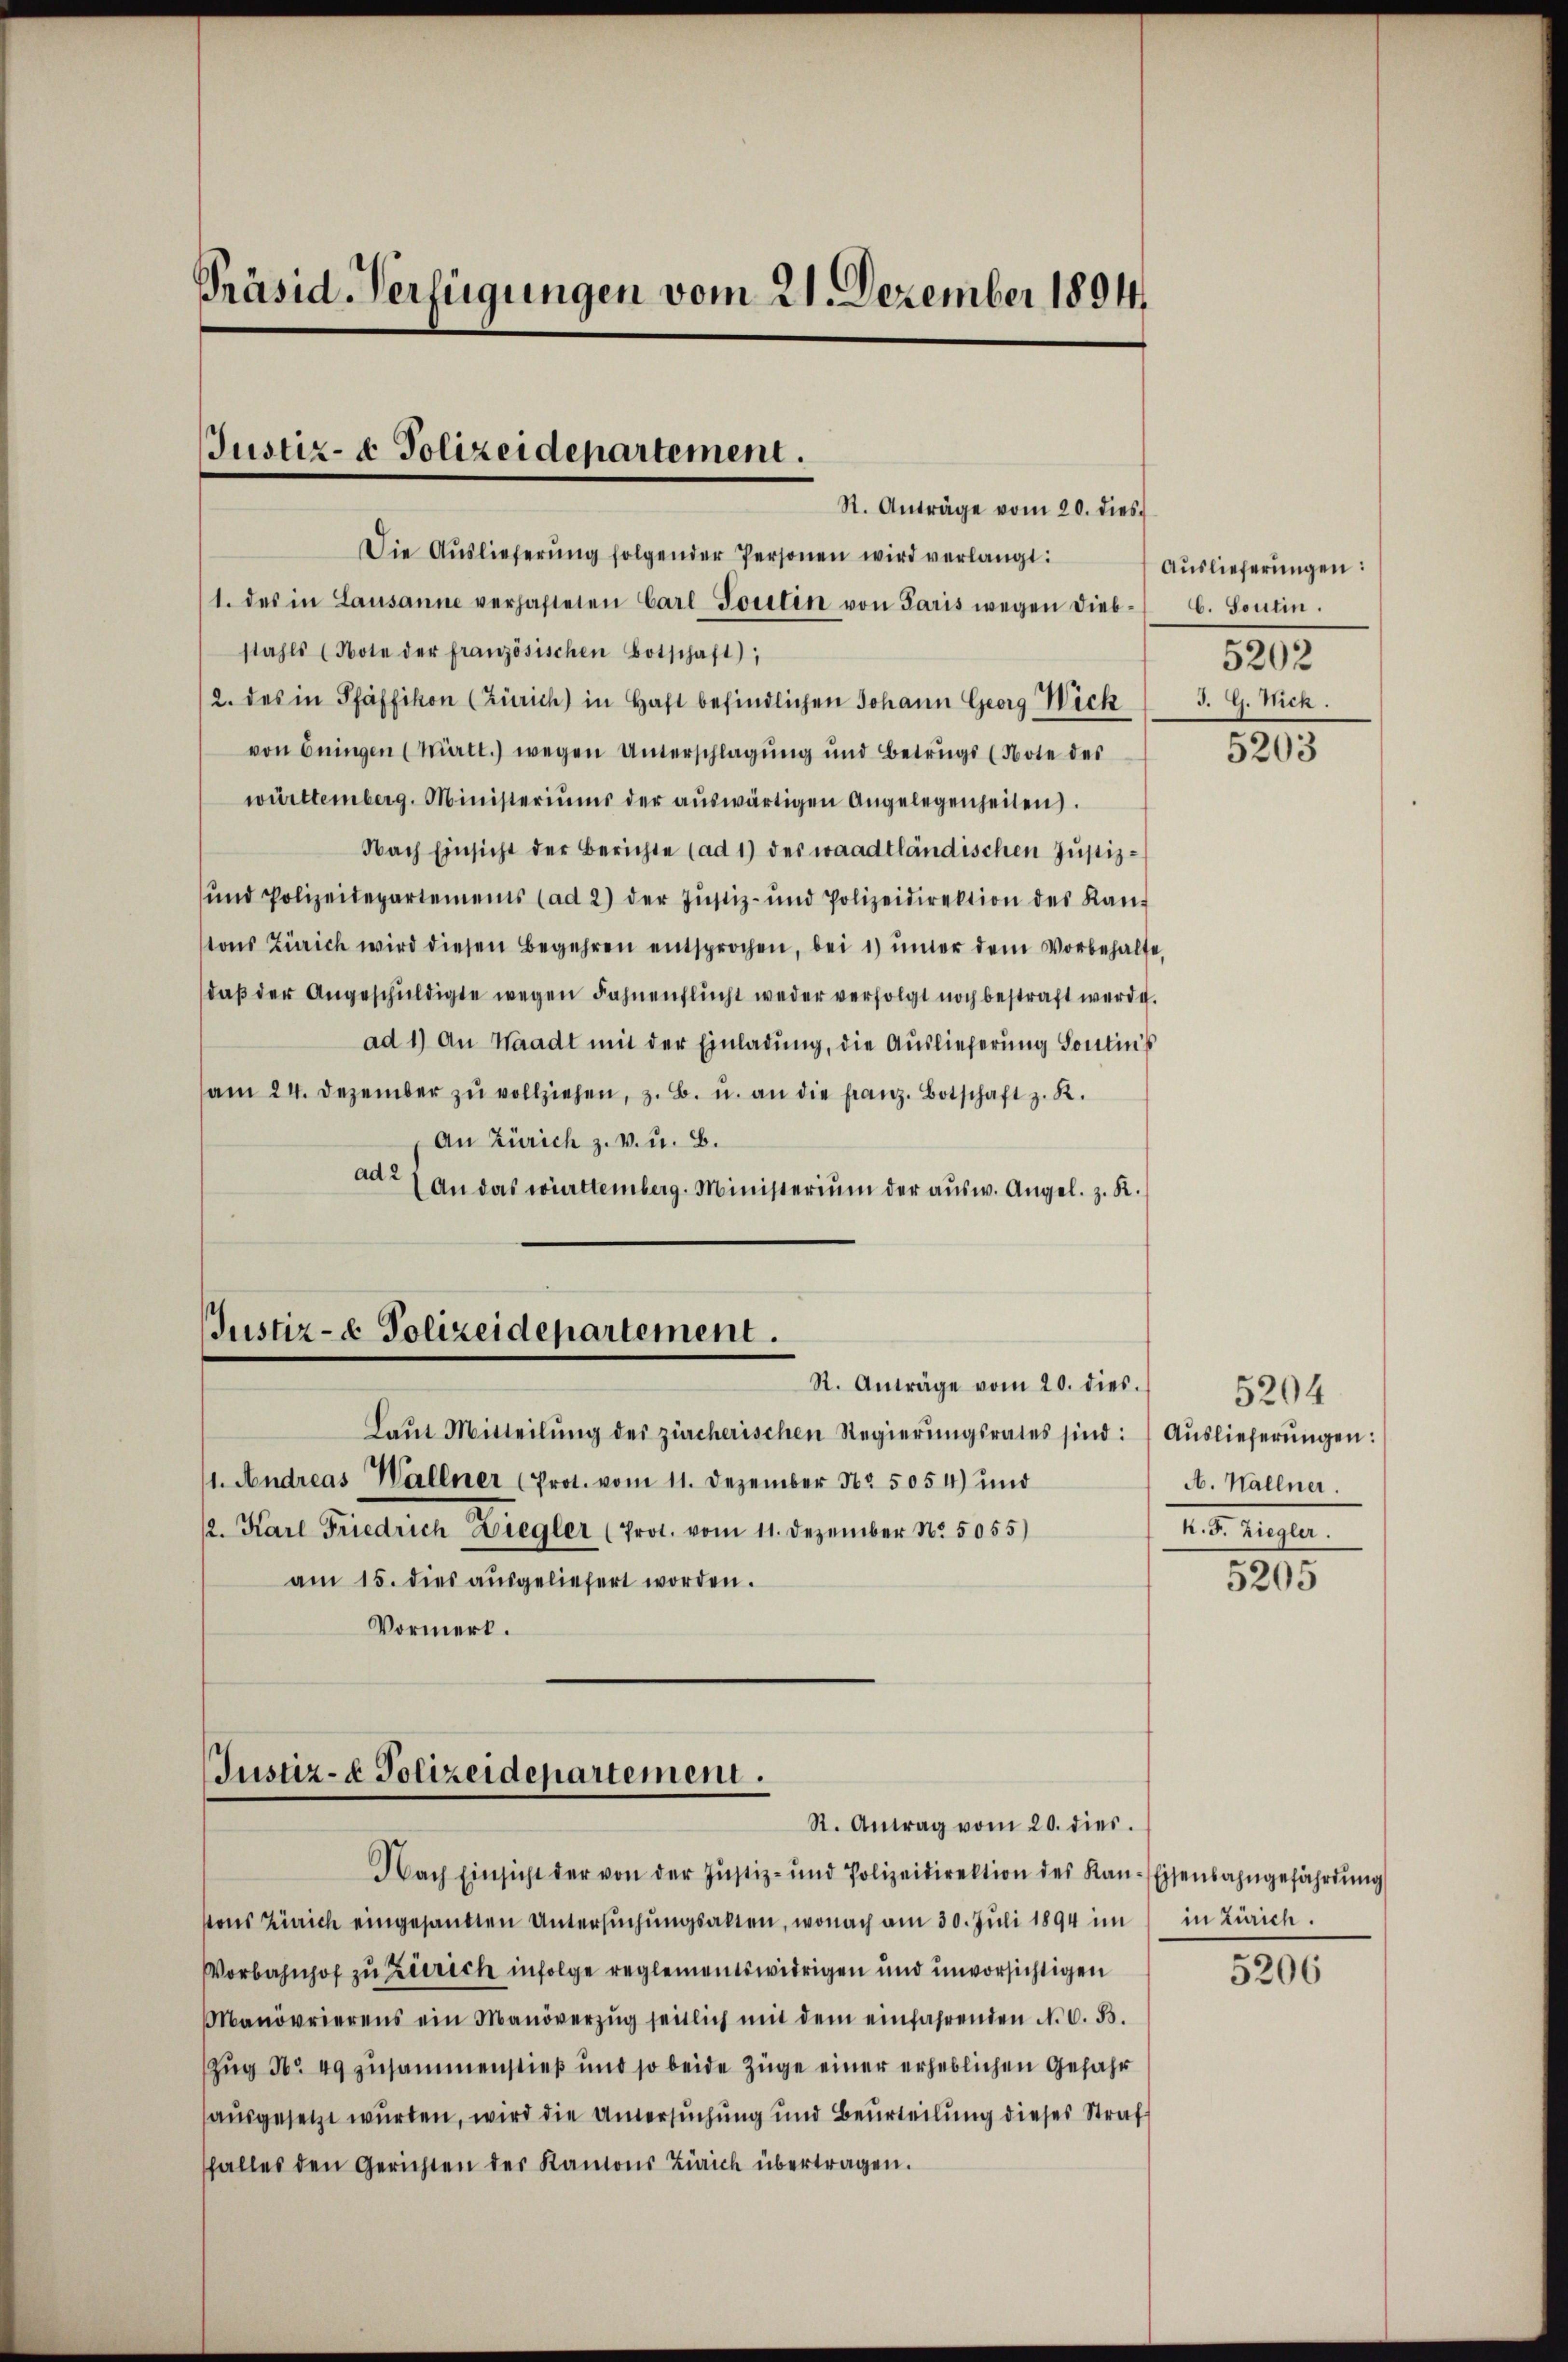
Präsid. Verfügungen vom 21. Dezember 1894

Justiz- & Polizeidepartement.
St. Anträge vom 20. dies

Die Auslieferŭng folgender Personen wird verlangt:
1. des in Lausanne verhafteten Carl Torten von Paris wegen dieb- C. Sontin.
stahls (Note der französischen Botschaft);
2. des in Pfäffikon (Zürich) in Haft befindlichen Johann Georg Wick
von Eningen (Württ.) wegen Unterschlagung und Betrugs (Note des
württemberg. Ministeriums der aŭswärtigen Angelegenheiten.
Nach Einsicht der Berichte (ad 1) des waadtländischen Justiz-
ŭnd Polizeidepartements (ad 2) der Justiz- und Polizeidirektion des Kaŭf
tons Zürich wird diesen Begehren entsprochen, bei 1) unter dem Vorbehalte
daβ der Angeschŭldigte wegen Fahnenflücht weder verfolgt noch bestraft werde.
ad 1) An Waadt mit der Einladung, die Auslieferung Sontins
am 24. Dezember zŭ vollziehen, z. B. u. an die franz. Botschaft z. R.
An Zürich z. v. u. B.
ad 2 f an das württemberg. Ministerium der ausw. Angel. z. R.

Justiz- & Polizeidepartement.
St. Anträge vom 20. dies.

Laŭt Mitteilŭng des zürcherischen Regierŭngsrates sind: Aŭslieferŭngen:
1. Andreas Wallner (Prot. vom 11. Dezember Nr. 5054) und
2. Karl Friedrich Ziegler (Prot. vom 11. Dezember No. 5055)
am 15. dies ausgeliefert worden.
Vormerk.

Justiz- & Polizeidepartement.
St. Antrag vom 20. dies.

Auslieferungen:
5202
J. G. Nick.

Nach Einsicht der von der Justiz- und Polizeidirektion des Kan-Eisenbahngefährtŭng
pons Zürich eingesandten Untersŭchŭngsalten, wonach am 30. Juli 1894 im in Zürich.
Vorbahnhof zu Zürich infolge reglementswidrigen und unvorsichtigen
Manövrierens ein Manöverzŭg seitlich mit dem einfahrenden N. O. B.
Zug No 49 zusammenstieß und so beide Züge einer erheblichen Gefahr
ausgesetzt wurden, wird die Untersuchung und Beurteilung dieses Straf
falles den Gerichten der Kantons Zürich übertragen.

5203

5204
A. Wallner.
n. F. Ziegler.

5205

5206